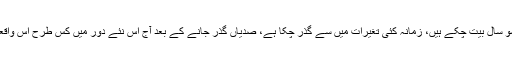
اسلام ٹائمز: واقعہ کربلا کو چودہ سو سال بیت چکے ہیں، زمانہ کئی تغیرات میں سے گذر چکا ہے، صدیاں گذر جانے کے بعد آج اس نئے دور میں کس طرح اس واقعہ سے سبق حاصل کیا جاسکتا ہے۔